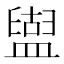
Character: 𥂤